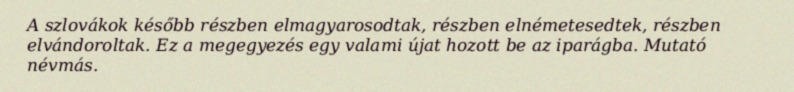
A szlovákok később részben elmagyarosodtak, részben elnémetesedtek, részben elvándoroltak. Ez a megegyezés egy valami újat hozott be az iparágba. Mutató névmás.